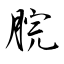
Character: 脘